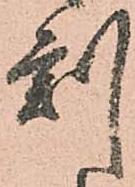
刻